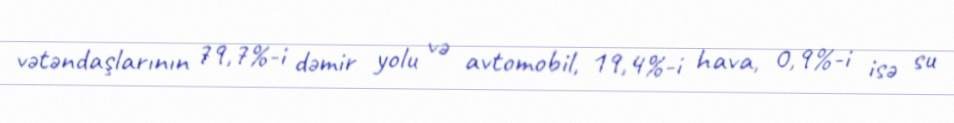
vətəndaşlarının 79,7%-i dəmir yolu və avtomobil, 19,4%-i hava, 0,9%-i isə su